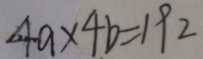
4 a \times 4 b = 1 9 2